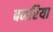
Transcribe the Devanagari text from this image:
बनरिया